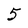
Character: 5